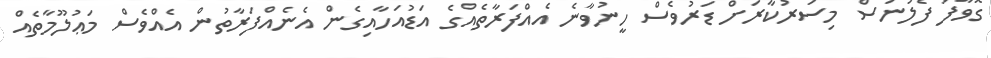
ގޮވާފަ ފެލުނަސް މިސަރުކާރަށް ޑަރުވެސް ހީނުވާނެ އެއްފަރާތެއްގެ އަޑުއަހާއިގެން އެނެއްފަރާތުން އެއްވެސް މަޢުލޫމާތެއް